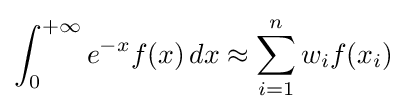
\int _{0}^{+\infty }e^{-x}f(x)\,dx\approx \sum _{i=1}^{n}w_{i}f(x_{i})